Leaving Certificate, 1898
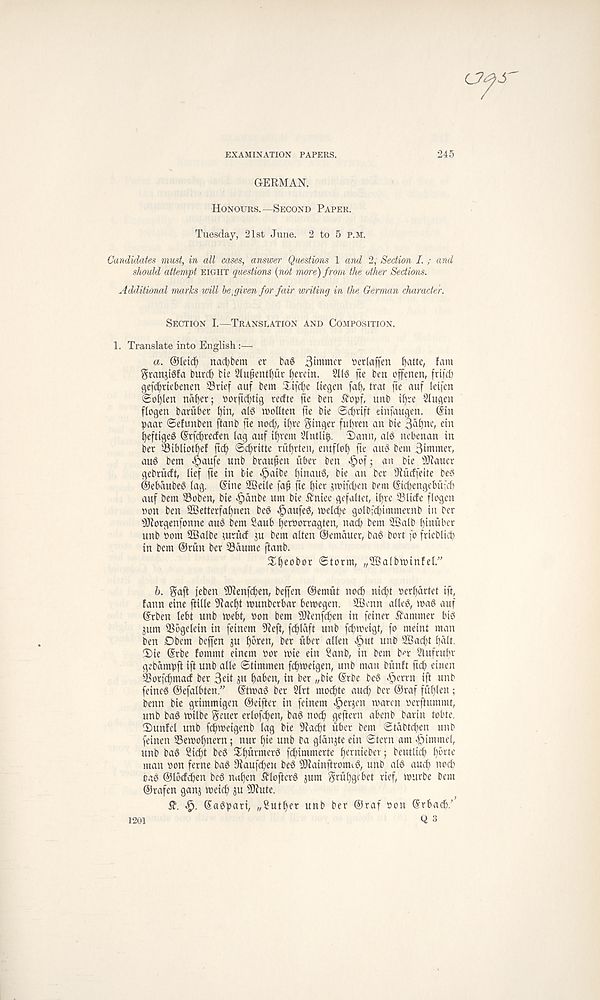
EXAMINATION PAPERS.
245
GERMAN.
Honours.—Second Paper.
Tuesday, 21st June. 2 to 5 P.M.
Candidates must, in all cases, answer Questions 1 and 2, Section I. ; and
should attempt eight questions {not more) from the other Sections.
Additional marks will he,given for fair writing in the German character.
Section I.—Translation and Composition.
1. Translate into English :—-
a. @ldd) nactybem er bag
tterlafjen fyatte, fam
Stanjigfa burdj bte 2lufientl)ur herein. 2llg fte ben offenen, [ril' d)
gefdjniebenen SBrief auf bem ^tfc^e liegen fa^, trat fte auf leifen
(So()len naber; ttorjtc^tig rerfte fte ben ftopf, unb i^re Singen
flogen baritber ^in, alg inollten fte bie ©cfrift einfaugen. @in
paar ©efunben ftanb fte nod), it)re finger fubren an bie
ein
beftigeg ©rfcbreden lag auf ibvent Slntli^. T)ann, aid nebenan in
ber Sibliotbef ftcf) ©d)ritte rufrien, entflol) fte aug bent 3immer,
and bem ^)aufe unb braufen fiber ben ^tofj an bie SJfaucr
gebrfidt, lief fte in tie ^aibe btnaug, bie an ber Stucffeite beg
©ebdubeg lag. (Sine SBeile faf fte £)iet smifcben bem (Sicbengebu-' d)
auf bem ©oben, bie <§dnbe urn bie ifrtiee gefaltet, ifre Slide flogen
non ben 2Betterfal)nen bed <f?aufeg, meldfe golbfcbimmernb in ber
$Rorgenfonne aug bem 2aub betttorragten, nad> bem Sfialb finubet
unb t)om SBalbe turud ju bem alien ©emauer, bag bort fo frieblicf)
in bem ©run bev Sdume ftanb.
Sbeobor ©torm, „2Balbtt>infel.”
h. gafl
5)lenfcben, beffen ©emftl nocb nicbt t>erf)drtet iff
fann eine ftille 5ilacbt munberbar bemegen. 2Bcnn alleg, mag auf
(Stben lebt unb mebf tton bem SDfenfcben in feiner hammer big
jum Sbgelein in feinem Sleft, fc^laft unb fd)ibeigt, fo meint man
ben Dbem beffen $u fffren, ber uber alien ^ul unb 2Bacft ball.
!X>ie ©rbe fommt einem oor mie ein Sanb, in bem b»r Slufrubr
gebambft ift unb alle ©timmen fcbmeigen, unb man bfinfl ftcf) einen
Sorfcbmad ber 3dt ju ba^ett, in ber „bie ©rbe beg ^errn ift unb
feincg ©efalbten.” ©tmag ber Slrt mocbte aucf) ber ©raf fut)len ;
benn bie grimmigen ©eifter in feinem ^er^cn warm oerftummt,
unb bag wilbe geuer erlofcben, bag nocb geftern abenb barin tobte.
2>unfel unb fdbweigenb lag bie Slacft fiber bem ©tabtcfen unb
feinen Sewobnern; nur bie unb ba glance ein ©tern am •fnmmel,
unb bag 2id)t beg ^b^enterg fcbimmerte berniebev; beutlicb b^te
man oon feme bag 9faufd)en beg ^ainftromig, unb alg aud) nod)
cag ©lodcben beg nuben ^lofterg sum grfibgebet rief, wurbe bem
©rafen ganj weid) su 9}fute.
5f. (Sagpari, ^Sutber unb ber ©raf »on ©rbadb/
Q 3
1201